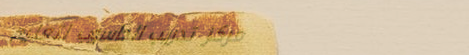
مركز تدريب الحاسوب لتعليم